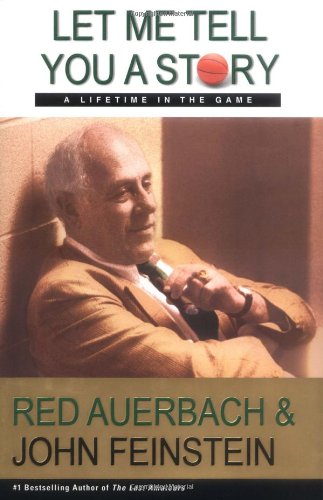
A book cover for Let Me Tell You a Story: A Lifetime in the Game; Red Auerbach; Sports & Outdoors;